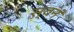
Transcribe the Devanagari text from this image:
स्वनं